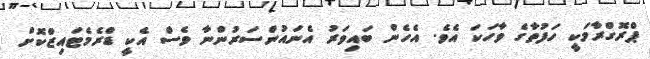
ޕްރޮގްރާމަކީ ހަފުތާގެ ވާހަކަ އެވެ. އެހެން ބައިވަރު އެނައުންސަރުންނާ ވެސް އެކީ ޑްރެމެޓައިޒްކޮށް